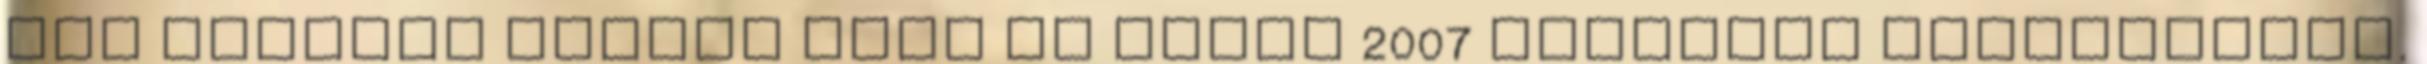
meg lehetne nyitni őket az Excel 2007 végleges verziójában.